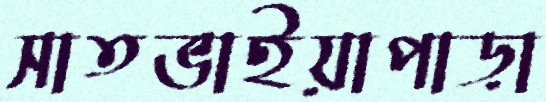
সাতভাইয়াপাড়া